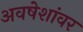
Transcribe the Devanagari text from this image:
अवषेशांवर